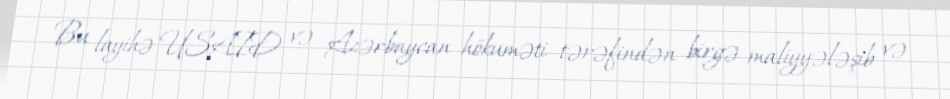
Bu layihə USAID və Azərbaycan hökuməti tərəfindən birgə maliyyələşib və